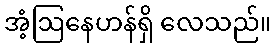
အံ့ဩနေဟန်ရှိ လေသည်။